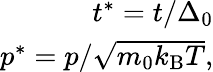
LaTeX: \begin{array}{r}{t^{*}=t/\Delta_{0}}\\ {p^{*}=p/\sqrt{m_{0}k_{\mathrm{B}}T},}\end{array}